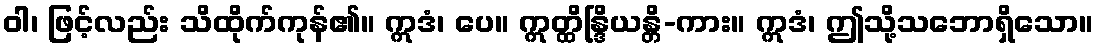
ဝါ၊ ဖြင့်လည်း သိထိုက်ကုန်၏။ ဣဒံ၊ ပေ။ ဣတ္ထိန္ဒြိယန္တိ-ကား။ ဣဒံ၊ ဤသို့သဘောရှိသော။